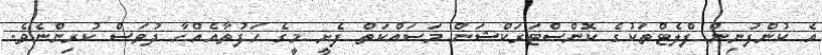
އެ ކުންފުނިން ފްލެޓްތަކުގެ ކޮންސްޓަރަކްޝަން މަސައްކަތް ފެށީ މީގެ ހަފުތާއެއްހާ ދުވަސް ކުރިންނެވެ.